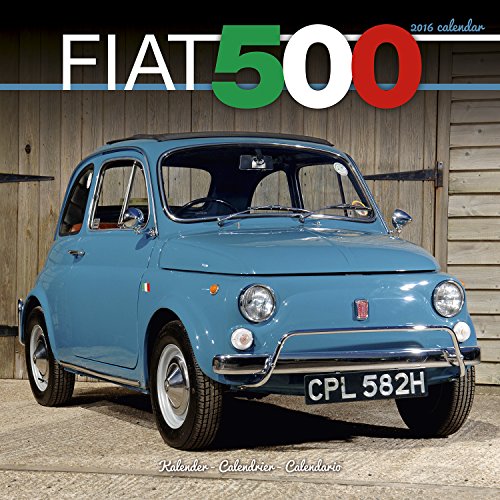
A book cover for Fiat 500 Calendar - 2016 Wall Calendars - Car Calendars - Monthly Wall Calendars by Avonside; MegaCalendars; Calendars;